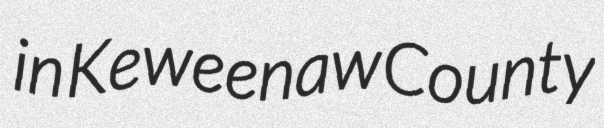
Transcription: in Keweenaw County